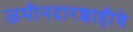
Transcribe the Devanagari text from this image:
जमीनदारशाहीचे